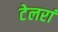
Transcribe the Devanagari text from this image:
टेलरां